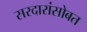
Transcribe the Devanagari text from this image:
सरदारांसोबत